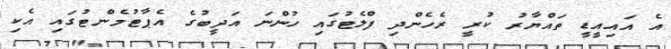
އެ އައިއީޑީ ތައްޔާރު ކުރީ ރެހެންދި ފްލެޓުގައި ހުންނަ އަދީބުގެ އެޕާޓުމެންޓުގައި އެކި